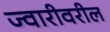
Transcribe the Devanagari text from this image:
ज्वारीवरील